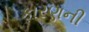
કારણની